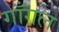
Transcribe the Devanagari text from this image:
गाँगल